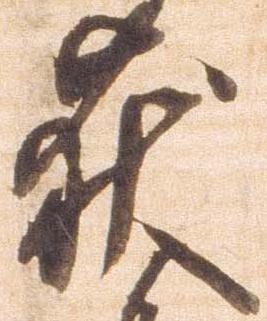
荻